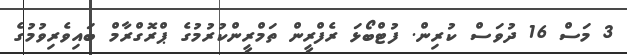
3 މަސް 16 ދުވަސް ކުރިން. ފުޓްބޯޅަ ރެފްރީން ތަމްރީންކުރުމުގެ ޕްރޮގްރާމް ބައިވެރިވުމުގެ